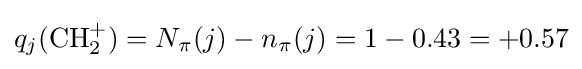
q_{j}(\mathrm {CH} _{2}^{+})=N_{\pi }(j)-n_{\pi }(j)=1-0.43=+0.57